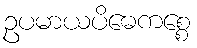
ဥပမာယပိဓေကစ္စေ